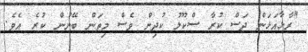
"ރާޅާއަޅަން ދަސް ކުރާ ސްކޫލު ކުދިން ވެސް މިތަން ބޭނުން ކުރެ އެވެ.